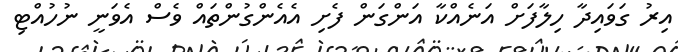
އިރު ގަވައިދާ ހިލާފަށް އަނެއްކާ އަންގަން ފެށި އެއެންގުންތައް ވެސް އެވަނީ ނުހުއްޓި